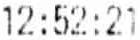
12:52:21